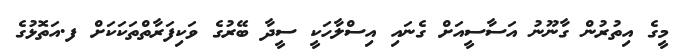
މީގެ އިތުރުން ގާނޫނު އަސާސީއަށް ގެނައި އިސްލާހަކީ ސީދާ ބޭރުގެ ވަކިފަރާތްތަކަކަށް ފ.އަތޮޅުގެ